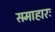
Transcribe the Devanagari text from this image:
समाहारः